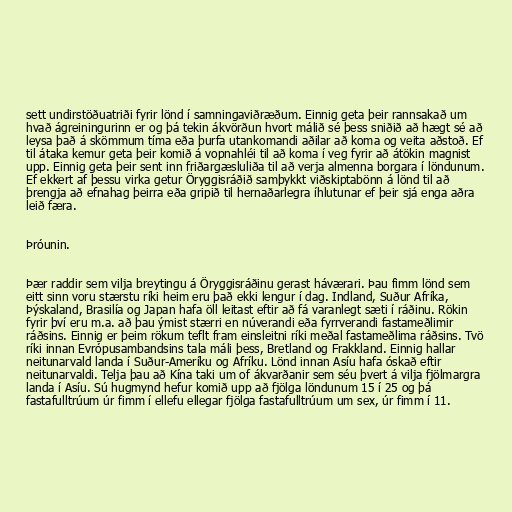
sett undirstöðuatriði fyrir lönd í samningaviðræðum. Einnig geta þeir rannsakað um
hvað ágreiningurinn er og þá tekin ákvörðun hvort málið sé þess sniðið að hægt sé að
leysa það á skömmum tíma eða þurfa utankomandi aðilar að koma og veita aðstoð. Ef
til átaka kemur geta þeir komið á vopnahléi til að koma í veg fyrir að átökin magnist
upp. Einnig geta þeir sent inn friðargæsluliða til að verja almenna borgara í löndunum.
Ef ekkert af þessu virka getur Öryggisráðið samþykkt viðskiptabönn á lönd til að
þrengja að efnahag þeirra eða gripið til hernaðarlegra íhlutunar ef þeir sjá enga aðra
leið færa.

Þróunin.

Þær raddir sem vilja breytingu á Öryggisráðinu gerast háværari. Þau fimm lönd sem
eitt sinn voru stærstu ríki heim eru það ekki lengur í dag. Indland, Suður Afríka,
Þýskaland, Brasilía og Japan hafa öll leitast eftir að fá varanlegt sæti í ráðinu. Rökin
fyrir því eru m.a. að þau ýmist stærri en núverandi eða fyrrverandi fastameðlimir
ráðsins. Einnig er þeim rökum teflt fram einsleitni ríki meðal fastameðlima ráðsins. Tvö
ríki innan Evrópusambandsins tala máli þess, Bretland og Frakkland. Einnig hallar
neitunarvald landa í Suður-Ameríku og Afríku. Lönd innan Asíu hafa óskað eftir
neitunarvaldi. Telja þau að Kína taki um of ákvarðanir sem séu þvert á vilja fjölmargra
landa í Asíu. Sú hugmynd hefur komið upp að fjölga löndunum 15 í 25 og þá
fastafulltrúum úr fimm í ellefu ellegar fjölga fastafulltrúum um sex, úr fimm í 11.